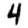
Digit: 4